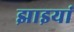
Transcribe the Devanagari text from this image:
झाइयां